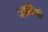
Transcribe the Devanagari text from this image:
नवमियों